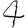
Digit: 4